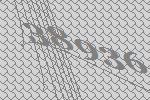
38936